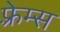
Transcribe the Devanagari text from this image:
फ़्रेम्स